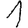
Digit: 1